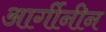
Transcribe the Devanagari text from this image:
आर्गीनीन